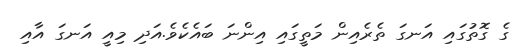
ގެ ގޮތުގައި އަނގަ ތެރެއިން މަތީގައި އިންނަ ބައެކެވެ.އަދި މިއީ އަނގަ އާއި